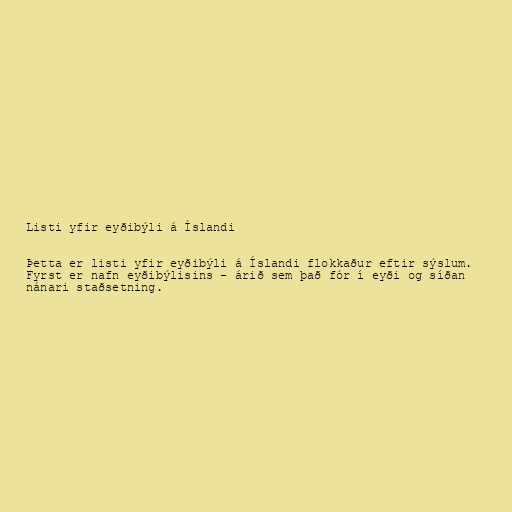
Listi yfir eyðibýli á Íslandi

Þetta er listi yfir eyðibýli á Íslandi flokkaður eftir sýslum.
Fyrst er nafn eyðibýlisins - árið sem það fór í eyði og síðan
nánari staðsetning.